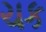
ચક